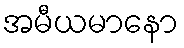
အမီယမာနော